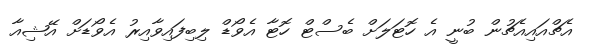
އެޗްއައިއެޗުން ބުނީ އެ ހޮޓަލަށް ބެސްޓް ހޮޓާ އެވޯޑް ލިބިފައިވާއިރު އެވޯޑަށް އޭޝިއާ